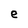
Character: e